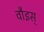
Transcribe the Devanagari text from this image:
वौइस्